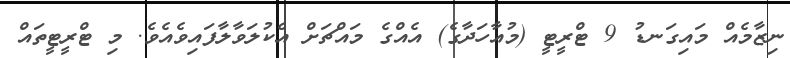
ނިޒާމެއް މައިގަނޑު 9 ޓްރީޓީ (މުއާހަދާގެ) އެއްގެ މައްޗަށް އެކުލަވާލާފައިވެއެވެ. މި ޓްރީޓީތައް